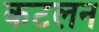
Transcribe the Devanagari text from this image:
कटलन